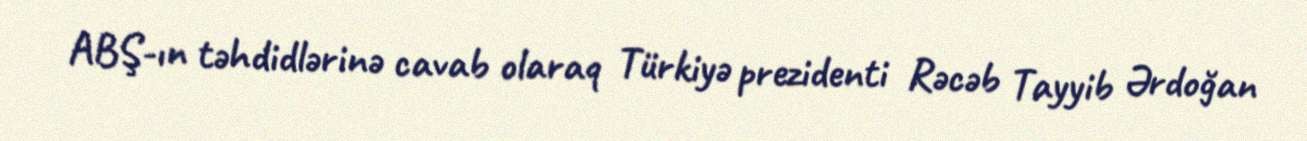
ABŞ-ın təhdidlərinə cavab olaraq Türkiyə prezidenti Rəcəb Tayyib Ərdoğan